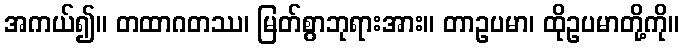
အကယ်၍။ တထာဂတဿ၊ မြတ်စွာဘုရားအား။ တာဥပမာ၊ ထိုဥပမာတို့ကို။